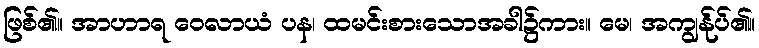
ဖြစ်၏။ အာဟာရ ဝေလာယံ ပန၊ ထမင်းစားသောအခါ၌ကား။ မေ၊ အကျွန်ုပ်၏။